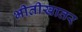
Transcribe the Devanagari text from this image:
भीतीखातर